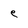
Character: e